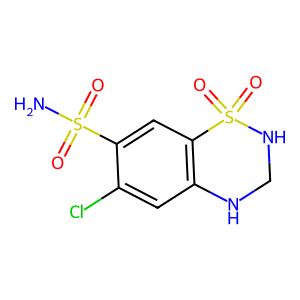
SMILES: NS(=O)(=O)c1cc2c(cc1Cl)NCNS2(=O)=O
Inhibits HIV replication: No